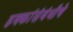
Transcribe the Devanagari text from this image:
हक्कांसंबंधीचे